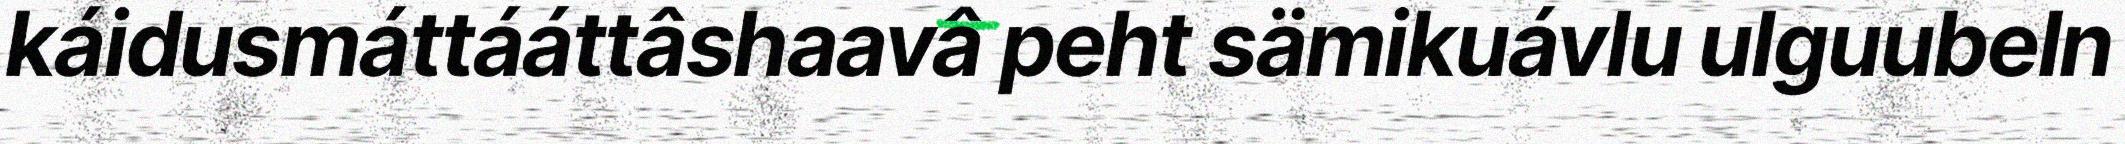
káidusmáttááttâshaavâ peht sämikuávlu ulguubeln